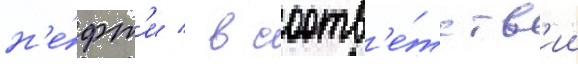
н'е́фт'и / в соотв'е́тств'ии